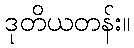
ဒုတိယတန်း။